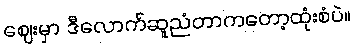
ဈေးမှာ ဒီလောက်ဆူညံတာကတော့ထုံးစံပဲ။